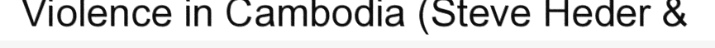
Violence in Cambodia (Steve Heder &